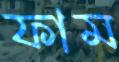
ফাম